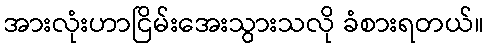
အားလုံးဟာငြိမ်းအေးသွားသလို ခံစားရတယ်။